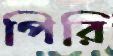
পিরি